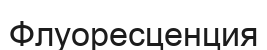
Флуоресценция